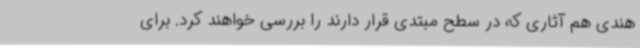
هندی هم آثاری که در سطح مبتدی قرار دارند را بررسی خواهند کرد. برای